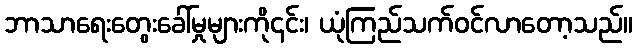
ဘာသာရေးတွေးခေါ်မှုများကို၎င်း၊ ယုံကြည်သက်ဝင်လာတော့သည်။